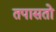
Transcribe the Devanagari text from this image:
तपासतो